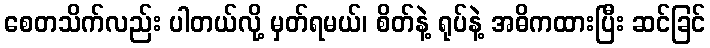
စေတသိက်လည်း ပါတယ်လို့ မှတ်ရမယ်၊ စိတ်နဲ့ ရုပ်နဲ့ အဓိကထားပြီး ဆင်ခြင်